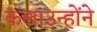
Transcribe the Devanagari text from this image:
कलाउन्होंने